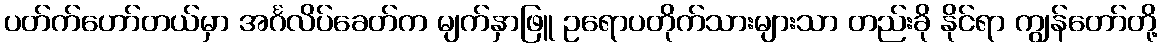
ပတ်က်ဟော်တယ်မှာ အင်္ဂလိပ်ခေတ်က မျက်နှာဖြူ ဥရောပတိုက်သားများသာ တည်းခို နိုင်ရာ ကျွန်တော်တို့